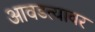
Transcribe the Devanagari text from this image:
आवडत्यावर